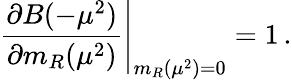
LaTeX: \left.\frac{\partial B(-\mu^{2})}{\partial m_{R}(\mu^{2})}\right|_{m_{R}(\mu^{2})=0}=1\, .